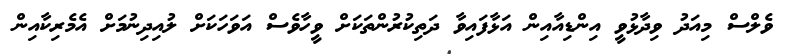
ވެލްސް މިއަދު ވިދާޅުވީ އިންޑިއާއިން އަޅާފައިވާ ދަތިކުރުންތަކަށް ވީހާވެސް އަވަހަކަށް ލުއިދިނުމަށް އެމެރިކާއިން